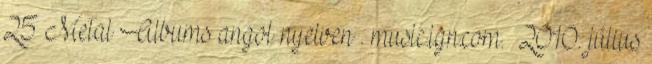
25 Metal Albums angol nyelven . music.ign.com. 2010. július